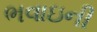
ભવાઇની